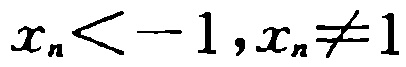
\(x_{n} < -1,x_{n} \neq 1\)